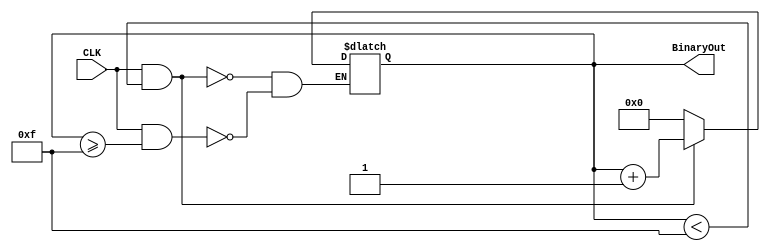
//Objective:
//Create a program that counts from 0 - 15 in binary
`timescale 1ns / 1ps
module Numbers(CLK, BinaryOut);
    input CLK;//1 Hz clock
    output reg [7:0] BinaryOut; //Binary result going to 7 seg
    
    always @ (CLK)
        begin
            if(CLK == 1'b1 & BinaryOut < 8'b00001111)//positive edge
                begin
                    BinaryOut <= BinaryOut + 1'b1;
                end
            else if(CLK == 1'b1 & BinaryOut >= 8'b00001111)//greater than 15
                begin
                    BinaryOut <= 8'b0;//reset output
                end
        end
endmodule